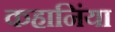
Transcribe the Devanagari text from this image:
कहानिंया